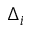
\Delta _ { i }